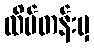
ထိပ်တန်းမှ